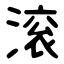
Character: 滚